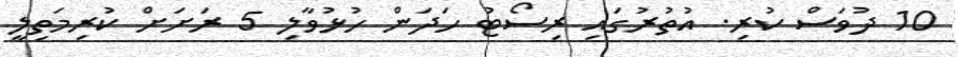
10 ދުވަސް ކުރި. އުތުރުގައި ރިސޯޓު ހަދަން ހުޅުވާލި 5 ރަށަށް ކުރިމަތިލީ